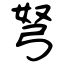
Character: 弩